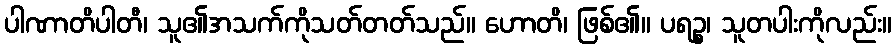
ပါဏာတိပါတီ၊ သူ၏အသက်ကိုသတ်တတ်သည်။ ဟောတိ၊ ဖြစ်၏။ ပရဉ္စ၊ သူတပါးကိုလည်း။